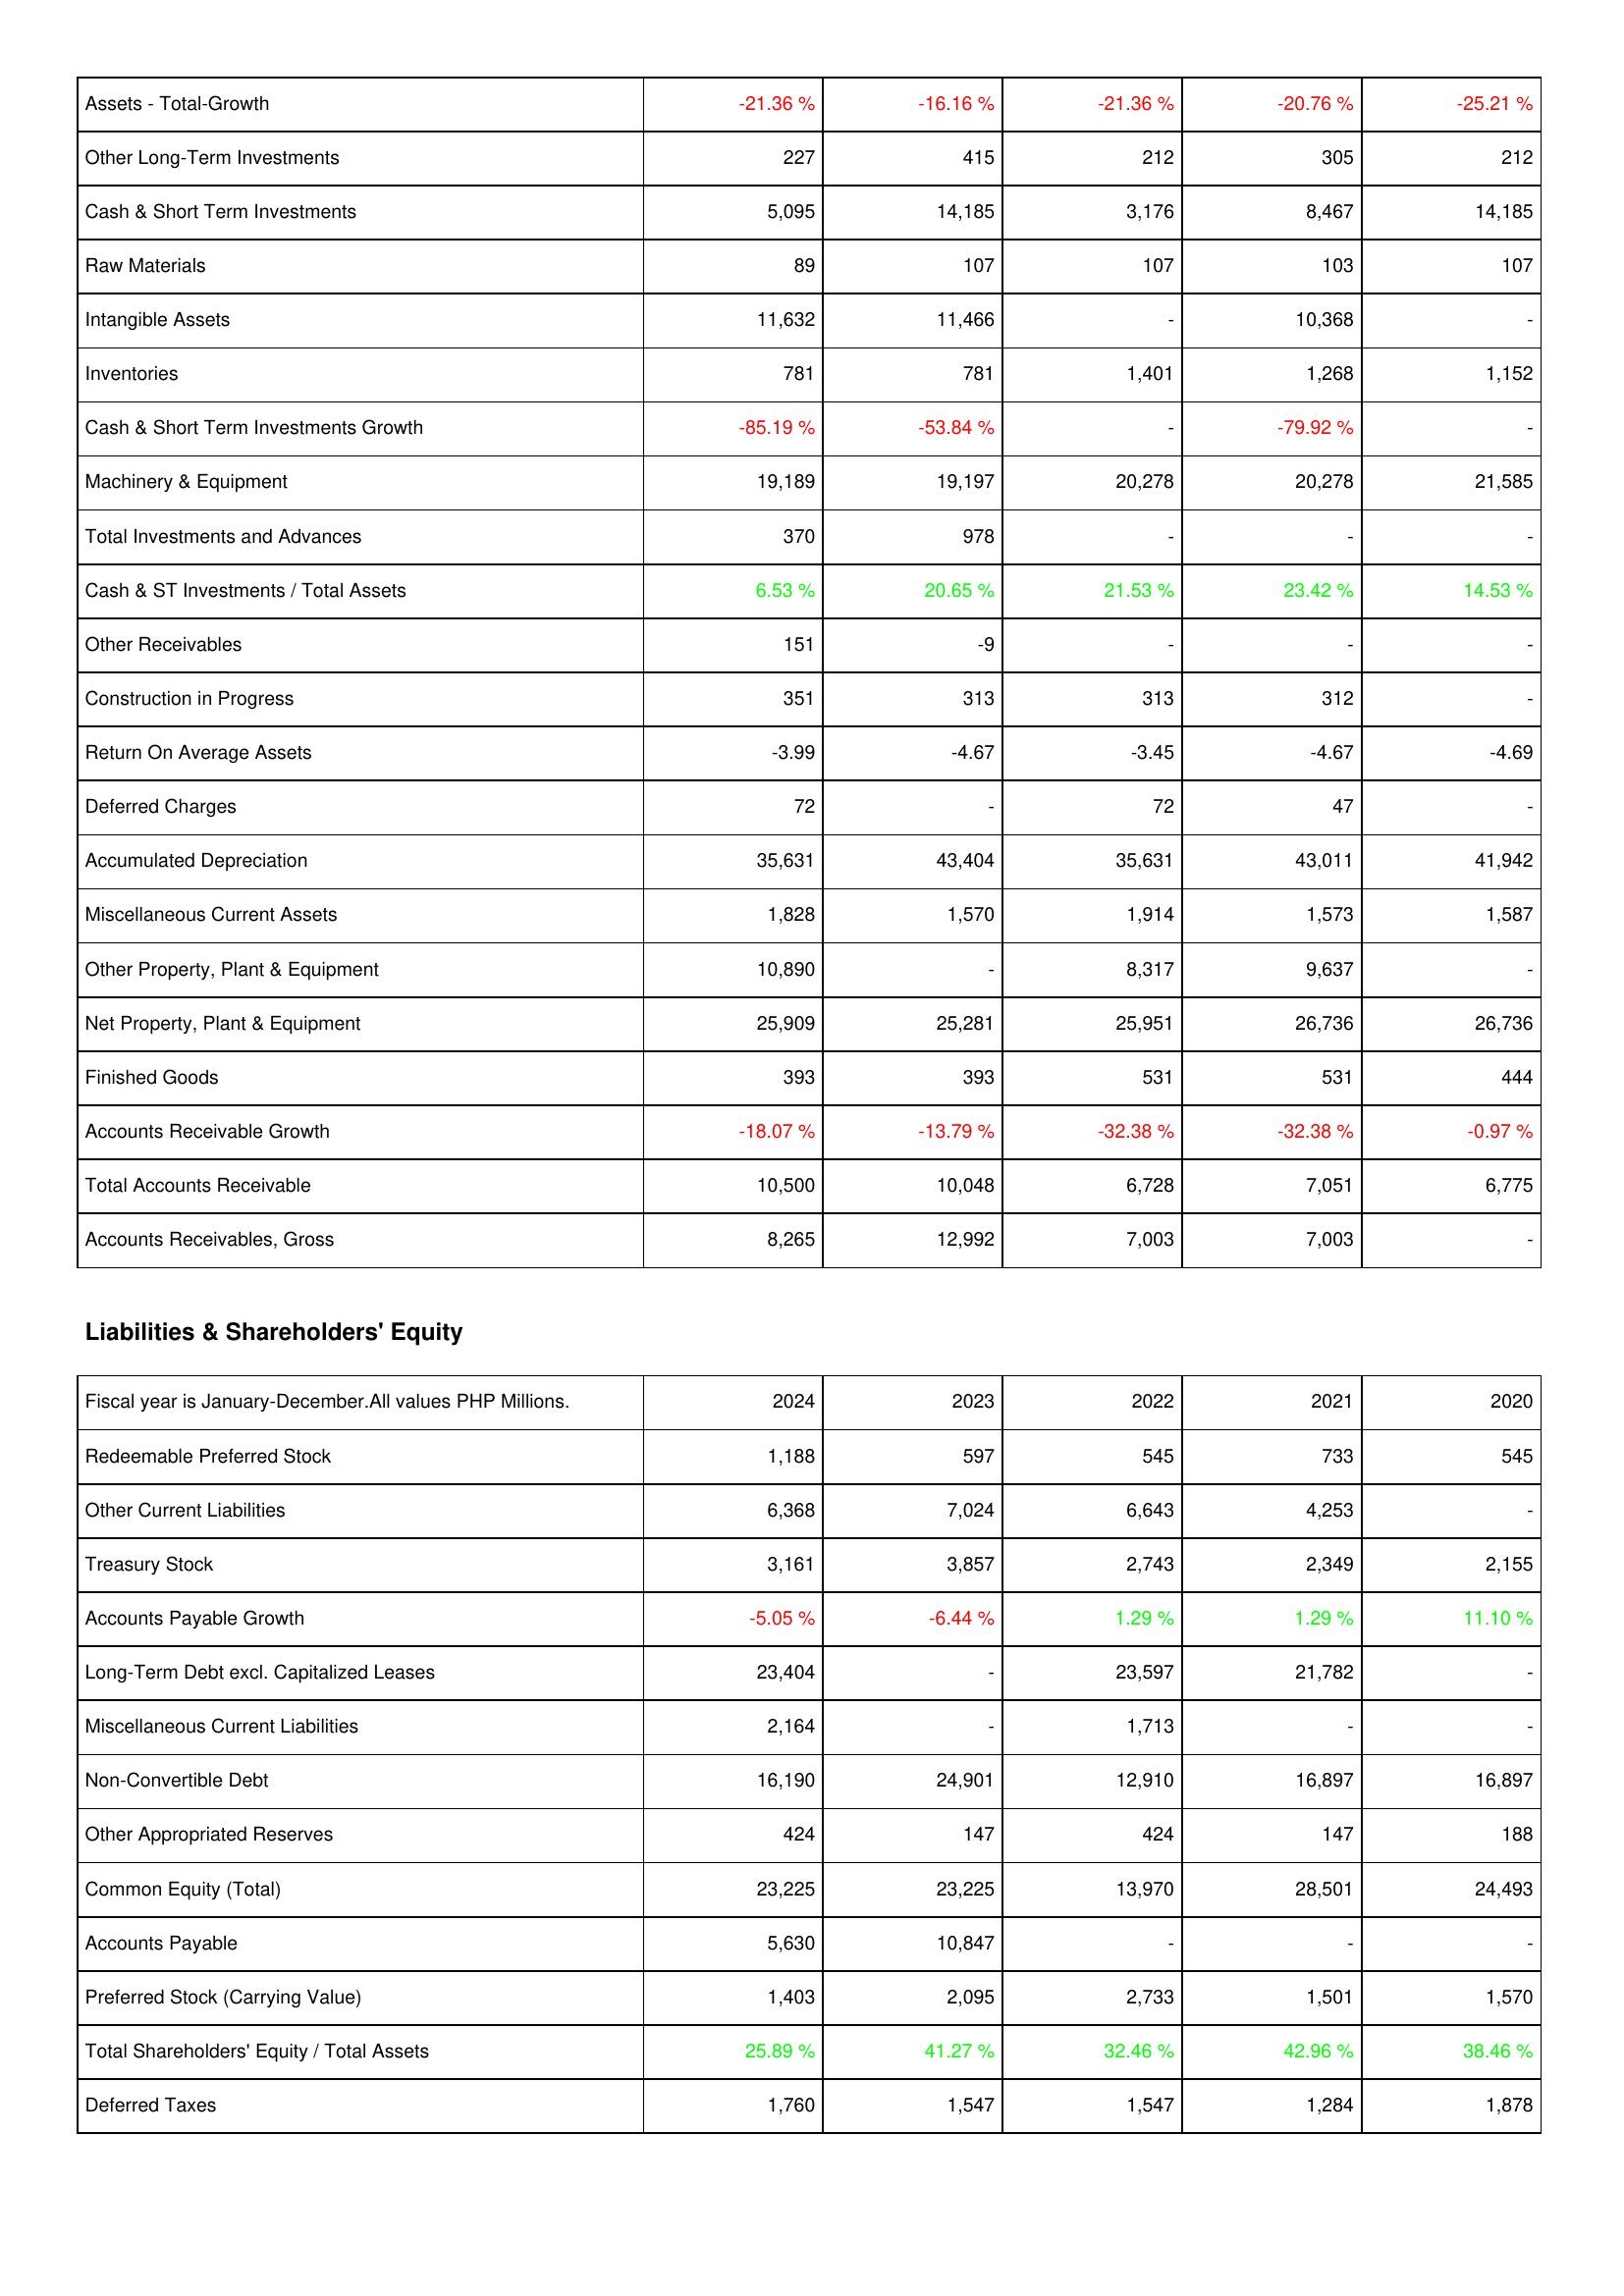
2024: Assets: Assets - Total-Growth: -21.36 %
Other Long-Term Investments: 227
Cash & Short Term Investments: 5,095
Raw Materials: 89
Intangible Assets: 11,632
Inventories: 781
Cash & Short Term Investments Growth: -85.19 %
Machinery & Equipment: 19,189
Total Investments and Advances: 370
Cash & ST Investments / Total Assets: 6.53 %
Other Receivables: 151
Construction in Progress: 351
Return On Average Assets: -3.99
Deferred Charges: 72
Accumulated Depreciation: 35,631
Miscellaneous Current Assets: 1,828
Other Property, Plant & Equipment: 10,890
Net Property, Plant & Equipment: 25,909
Finished Goods: 393
Accounts Receivable Growth: -18.07 %
Total Accounts Receivable: 10,500
Accounts Receivables, Gross: 8,265
Liabilities & Shareholders' Equity: Redeemable Preferred Stock: 1,188
Other Current Liabilities: 6,368
Treasury Stock: 3,161
Accounts Payable Growth: -5.05 %
Long-Term Debt excl. Capitalized Leases: 23,404
Miscellaneous Current Liabilities: 2,164
Non-Convertible Debt: 16,190
Other Appropriated Reserves: 424
Common Equity (Total): 23,225
Accounts Payable: 5,630
Preferred Stock (Carrying Value): 1,403
Total Shareholders' Equity / Total Assets: 25.89 %
Deferred Taxes: 1,760
2023: Assets: Assets - Total-Growth: -16.16 %
Other Long-Term Investments: 415
Cash & Short Term Investments: 14,185
Raw Materials: 107
Intangible Assets: 11,466
Inventories: 781
Cash & Short Term Investments Growth: -53.84 %
Machinery & Equipment: 19,197
Total Investments and Advances: 978
Cash & ST Investments / Total Assets: 20.65 %
Other Receivables: -9
Construction in Progress: 313
Return On Average Assets: -4.67
Deferred Charges: -
Accumulated Depreciation: 43,404
Miscellaneous Current Assets: 1,570
Other Property, Plant & Equipment: -
Net Property, Plant & Equipment: 25,281
Finished Goods: 393
Accounts Receivable Growth: -13.79 %
Total Accounts Receivable: 10,048
Accounts Receivables, Gross: 12,992
Liabilities & Shareholders' Equity: Redeemable Preferred Stock: 597
Other Current Liabilities: 7,024
Treasury Stock: 3,857
Accounts Payable Growth: -6.44 %
Long-Term Debt excl. Capitalized Leases: -
Miscellaneous Current Liabilities: -
Non-Convertible Debt: 24,901
Other Appropriated Reserves: 147
Common Equity (Total): 23,225
Accounts Payable: 10,847
Preferred Stock (Carrying Value): 2,095
Total Shareholders' Equity / Total Assets: 41.27 %
Deferred Taxes: 1,547
2022: Assets: Assets - Total-Growth: -21.36 %
Other Long-Term Investments: 212
Cash & Short Term Investments: 3,176
Raw Materials: 107
Intangible Assets: -
Inventories: 1,401
Cash & Short Term Investments Growth: -
Machinery & Equipment: 20,278
Total Investments and Advances: -
Cash & ST Investments / Total Assets: 21.53 %
Other Receivables: -
Construction in Progress: 313
Return On Average Assets: -3.45
Deferred Charges: 72
Accumulated Depreciation: 35,631
Miscellaneous Current Assets: 1,914
Other Property, Plant & Equipment: 8,317
Net Property, Plant & Equipment: 25,951
Finished Goods: 531
Accounts Receivable Growth: -32.38 %
Total Accounts Receivable: 6,728
Accounts Receivables, Gross: 7,003
Liabilities & Shareholders' Equity: Redeemable Preferred Stock: 545
Other Current Liabilities: 6,643
Treasury Stock: 2,743
Accounts Payable Growth: 1.29 %
Long-Term Debt excl. Capitalized Leases: 23,597
Miscellaneous Current Liabilities: 1,713
Non-Convertible Debt: 12,910
Other Appropriated Reserves: 424
Common Equity (Total): 13,970
Accounts Payable: -
Preferred Stock (Carrying Value): 2,733
Total Shareholders' Equity / Total Assets: 32.46 %
Deferred Taxes: 1,547
2021: Assets: Assets - Total-Growth: -20.76 %
Other Long-Term Investments: 305
Cash & Short Term Investments: 8,467
Raw Materials: 103
Intangible Assets: 10,368
Inventories: 1,268
Cash & Short Term Investments Growth: -79.92 %
Machinery & Equipment: 20,278
Total Investments and Advances: -
Cash & ST Investments / Total Assets: 23.42 %
Other Receivables: -
Construction in Progress: 312
Return On Average Assets: -4.67
Deferred Charges: 47
Accumulated Depreciation: 43,011
Miscellaneous Current Assets: 1,573
Other Property, Plant & Equipment: 9,637
Net Property, Plant & Equipment: 26,736
Finished Goods: 531
Accounts Receivable Growth: -32.38 %
Total Accounts Receivable: 7,051
Accounts Receivables, Gross: 7,003
Liabilities & Shareholders' Equity: Redeemable Preferred Stock: 733
Other Current Liabilities: 4,253
Treasury Stock: 2,349
Accounts Payable Growth: 1.29 %
Long-Term Debt excl. Capitalized Leases: 21,782
Miscellaneous Current Liabilities: -
Non-Convertible Debt: 16,897
Other Appropriated Reserves: 147
Common Equity (Total): 28,501
Accounts Payable: -
Preferred Stock (Carrying Value): 1,501
Total Shareholders' Equity / Total Assets: 42.96 %
Deferred Taxes: 1,284
2020: Assets: Assets - Total-Growth: -25.21 %
Other Long-Term Investments: 212
Cash & Short Term Investments: 14,185
Raw Materials: 107
Intangible Assets: -
Inventories: 1,152
Cash & Short Term Investments Growth: -
Machinery & Equipment: 21,585
Total Investments and Advances: -
Cash & ST Investments / Total Assets: 14.53 %
Other Receivables: -
Construction in Progress: -
Return On Average Assets: -4.69
Deferred Charges: -
Accumulated Depreciation: 41,942
Miscellaneous Current Assets: 1,587
Other Property, Plant & Equipment: -
Net Property, Plant & Equipment: 26,736
Finished Goods: 444
Accounts Receivable Growth: -0.97 %
Total Accounts Receivable: 6,775
Accounts Receivables, Gross: -
Liabilities & Shareholders' Equity: Redeemable Preferred Stock: 545
Other Current Liabilities: -
Treasury Stock: 2,155
Accounts Payable Growth: 11.10 %
Long-Term Debt excl. Capitalized Leases: -
Miscellaneous Current Liabilities: -
Non-Convertible Debt: 16,897
Other Appropriated Reserves: 188
Common Equity (Total): 24,493
Accounts Payable: -
Preferred Stock (Carrying Value): 1,570
Total Shareholders' Equity / Total Assets: 38.46 %
Deferred Taxes: 1,878